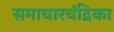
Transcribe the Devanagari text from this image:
समाचारचंद्रिका